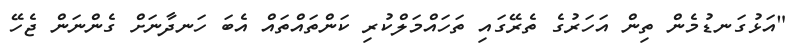
"އަޅުގަނޑުމެން ތިން އަހަރުގެ ތެރޭގައި ތަހައްމަލްކުރި ކަންތައްތައް އެބަ ހަނދާނަށް ގެންނަން ޖެހޭ